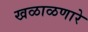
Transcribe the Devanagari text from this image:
खळाळणारे